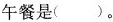
午餐是（）。